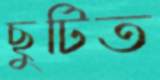
ছুটিত